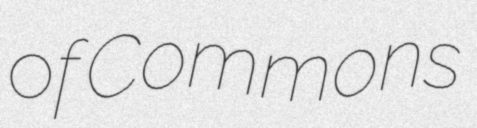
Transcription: of Commons